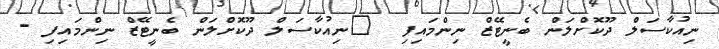
ނިއުކާސަލް ދޫކޮށްލަން ބެނީޓޭޒް ނިންމައިފި  	ނިއުކާސަލް ދޫކޮށްލަން ބެނީޓޭޒް ނިންމައިފި -